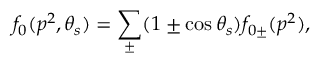
f _ { 0 } ( p ^ { 2 } , \theta _ { s } ) = \sum _ { \pm } ( 1 \pm \cos \theta _ { s } ) f _ { 0 \pm } ( p ^ { 2 } ) ,